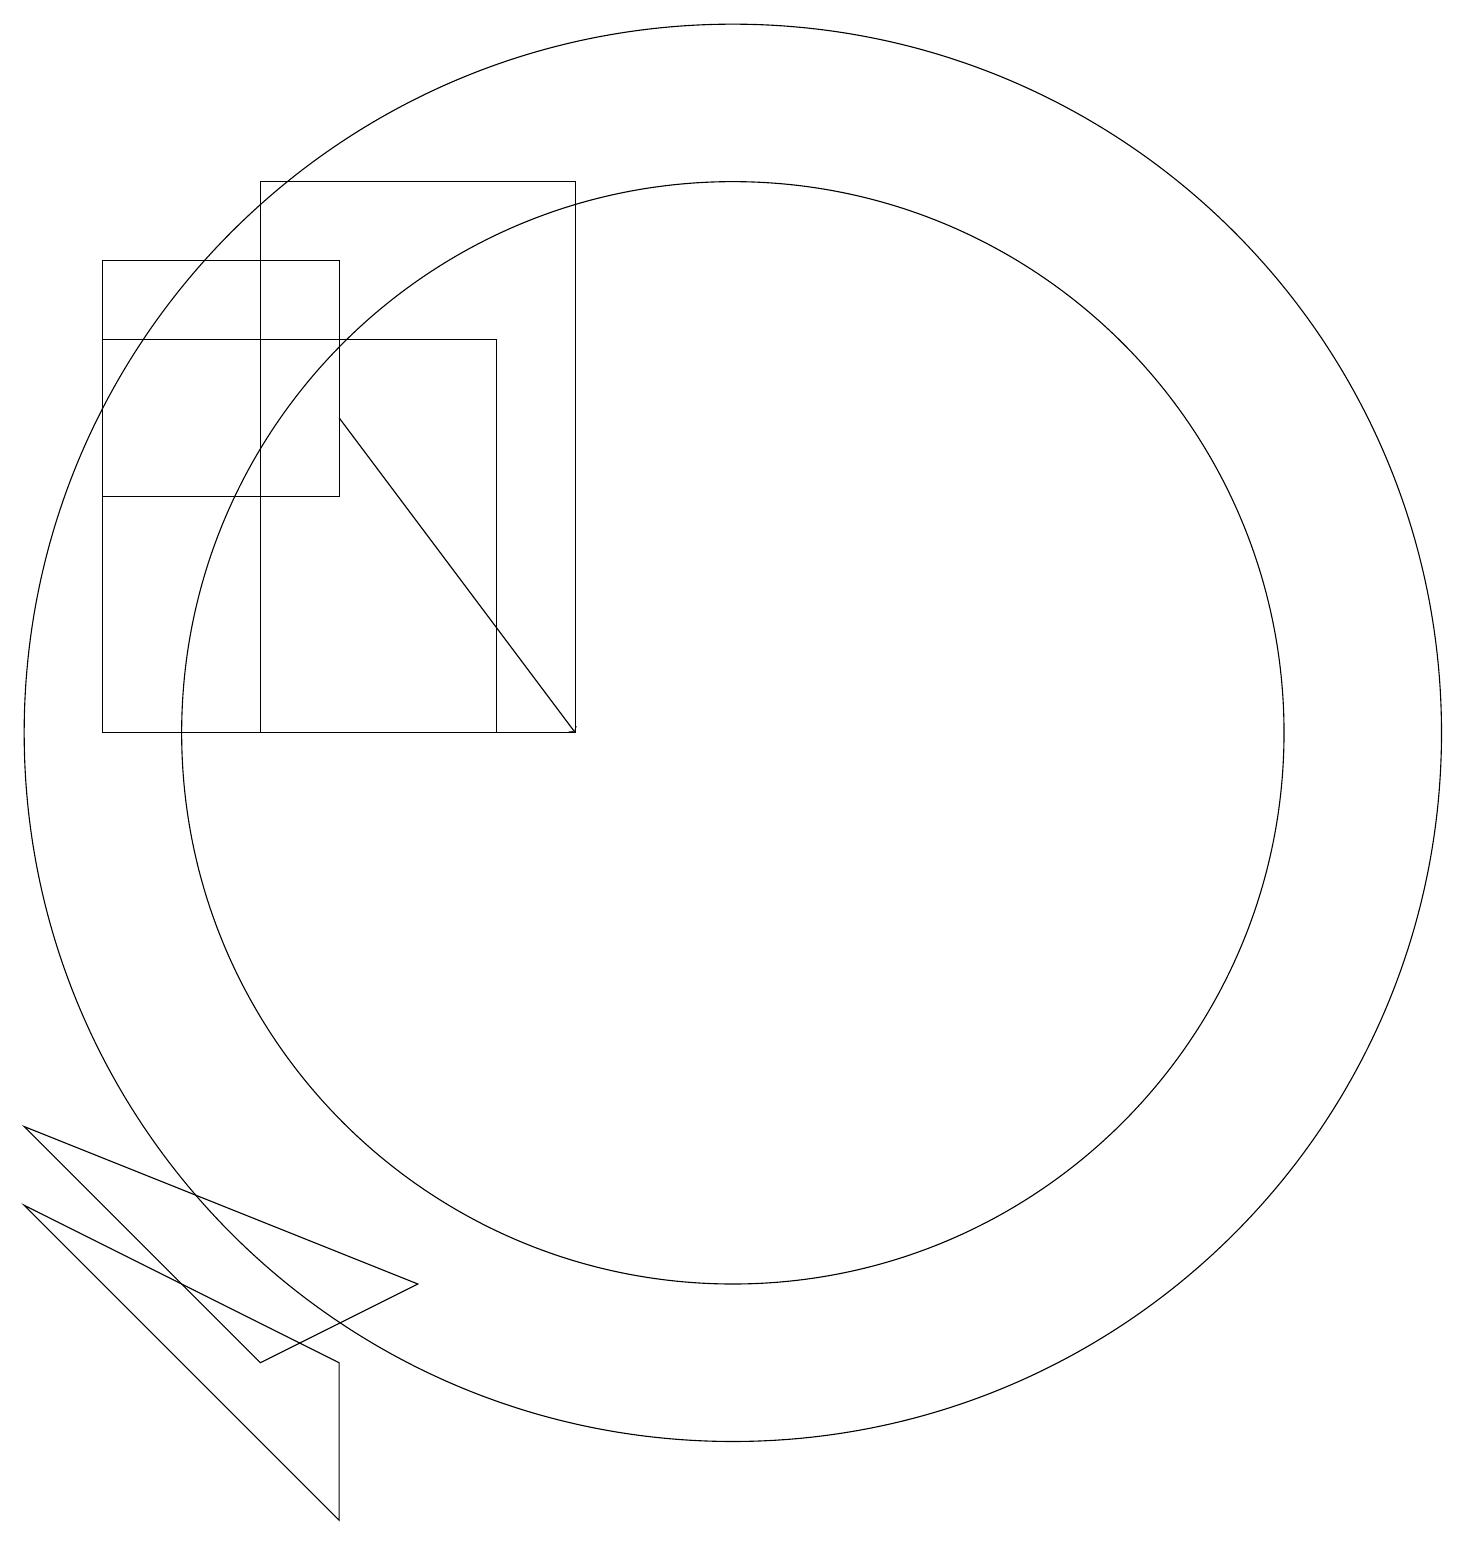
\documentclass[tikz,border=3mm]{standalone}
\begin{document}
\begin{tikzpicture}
\draw (5,3) -- (7,4) -- (2,6) -- cycle;
\draw (6,1) -- (6,3) -- (2,5) -- cycle;
\draw (11,11) circle (9);
\draw[->] (6,15) -- (9,11);
\draw (11,11) circle (7);
\draw (9,18) rectangle (5,11);
\draw (3,11) rectangle (8,16);
\draw (6,14) rectangle (3,17);
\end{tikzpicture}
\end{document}